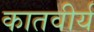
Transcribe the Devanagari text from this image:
कातवीर्य